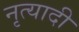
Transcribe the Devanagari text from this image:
नृत्यादी